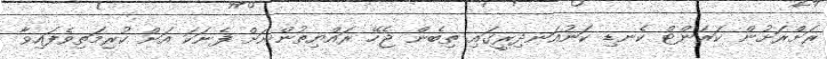
ރަށްރަށުން ކަރަންޓް ކެނޑި ކަނުއަނދިރީގައި ތިބެން ޖެހޭ ރައްޔިތުންނަށް ފެނަކަ އަށް ކުރިމަތިވެފައިވާ